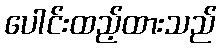
ပေါင်းထည့်ထားသည်